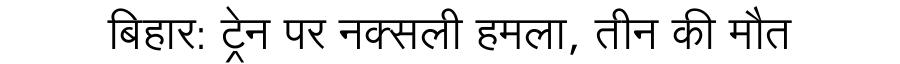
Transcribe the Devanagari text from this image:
बिहार: ट्रेन पर नक्सली हमला, तीन की मौत